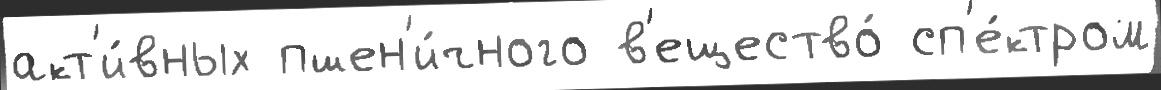
акт'и́вных пшен'и́чного в'ещество́ сп'е́ктром